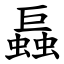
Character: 螶